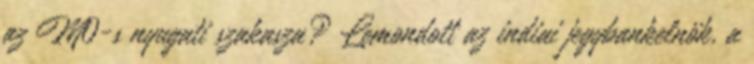
az M0-s nyugati szakasza? Lemondott az indiai jegybankelnök, a